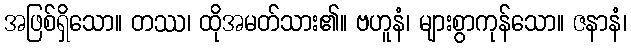
အဖြစ်ရှိသော။ တဿ၊ ထိုအမတ်သား၏။ ဗဟူနံ၊ များစွာကုန်သော။ ဇနာနံ၊